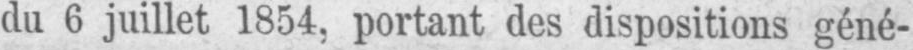
du 6 juillet 1854‚ portant des dispositions géné-